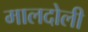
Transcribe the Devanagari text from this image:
मालदोली